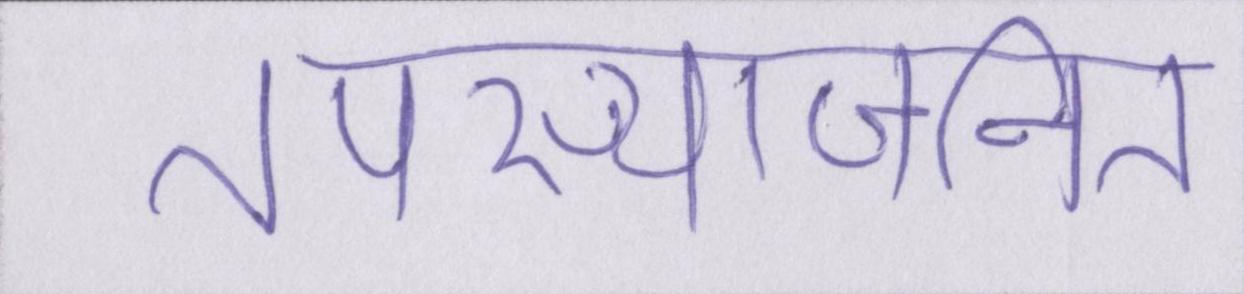
तपस्याजनित